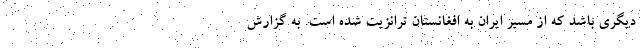
دیگری باشد که از مسیر ایران به افغانستان ترانزیت شده است. به گزارش